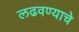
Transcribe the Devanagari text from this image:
लढवण्याचे